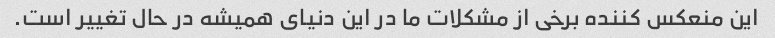
این منعکس کننده برخی از مشکلات ما در این دنیای همیشه در حال تغییر است.